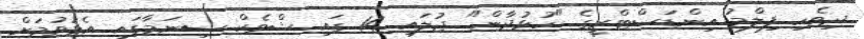
ދިވެހި ފިލްމު އިންޑަސްޓްރީގެ "ހުޅުދާން" ޖުލައި 14 ގައި ޝްވެކް ސިނަމާގައި އެޅުވުމަށް